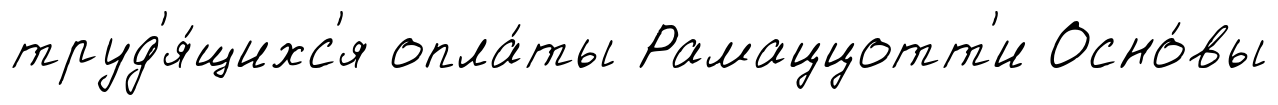
труд'я́щихс'я опла́ты Рамаццотт'и Осно́вы